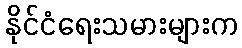
နိုင်ငံရေးသမားများက